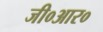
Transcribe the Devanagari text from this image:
जी०आर०